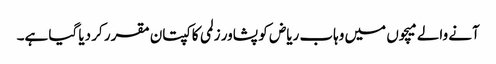
آنے والے میچوں میں وہاب ریاض کو پشاور زلمی کا کپتان مقرر کر دیا گیا ہے۔